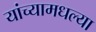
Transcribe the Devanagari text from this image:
यांच्यामधल्या